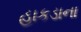
હાકડાના